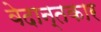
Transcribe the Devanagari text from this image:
वेदान्तकार